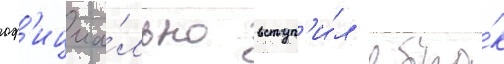
оф'ициа́льно вступ'и́л в бра́к